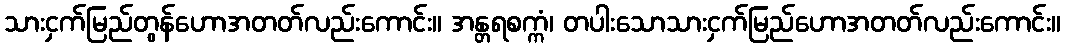
သားငှက်မြည်တွန်ဟောအတတ်လည်းကောင်း။ အန္တရစက္ကံ၊ တပါးသောသားငှက်မြည်ဟောအတတ်လည်းကောင်း။